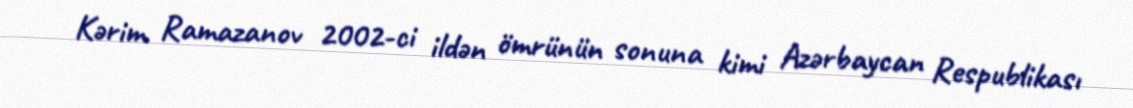
Kərim Ramazanov 2002-ci ildən ömrünün sonuna kimi Azərbaycan Respublikası